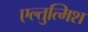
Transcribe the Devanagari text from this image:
एल्तुत्मिश